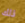
ذلك